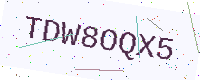
Text: TDW8OQX5